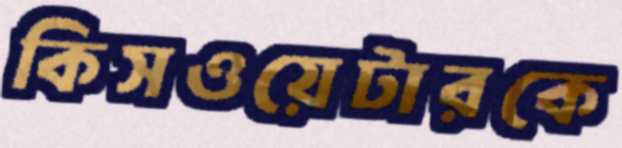
কিসওয়েটারকে